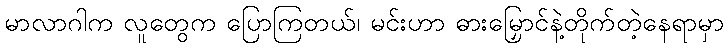
မာလာဂါက လူတွေက ပြောကြတယ်၊ မင်းဟာ ဓားမြှောင်နဲ့တိုက်တဲ့နေရာမှာ